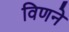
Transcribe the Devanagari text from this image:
विणने